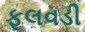
ફૂલવડી